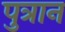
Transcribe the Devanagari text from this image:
पुत्रान